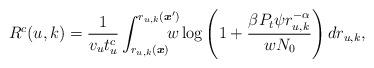
LaTeX: \begin{align*}\!\!R^c(u,k) = \frac{1}{v_ut_u^c}\int_{r_{u,k}(\boldsymbol{x})}^{r_{u,k}(\boldsymbol{x}')}\!\!\!\!\!\!w\log\left(1+ \frac{\beta P_t\psi r_{u,k}^{-\alpha}}{wN_0}\right)dr_{u,k},\end{align*}